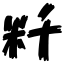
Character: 粁